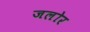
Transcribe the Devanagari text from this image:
जलोर